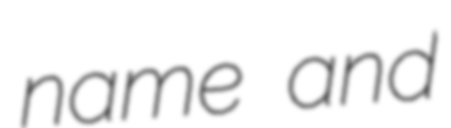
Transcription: name and